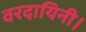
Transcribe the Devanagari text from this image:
वरदायिनी।